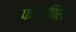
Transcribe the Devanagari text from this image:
फेलाफिल